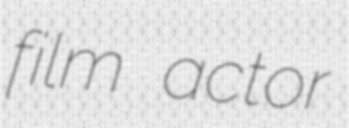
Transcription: film actor